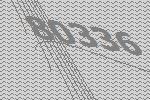
80336